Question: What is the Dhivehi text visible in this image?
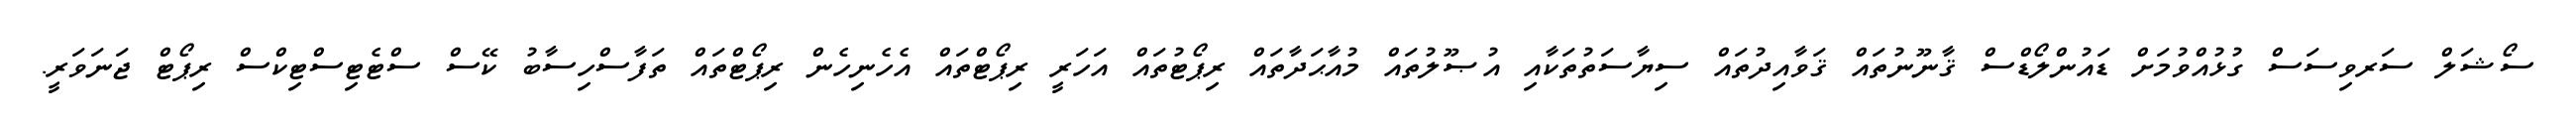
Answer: ސޯޝަލް ސަރވިސަސް ގުޅުއްވުމަށް ޑައުންލޯޑްސް ޤާނޫނުތައް ޤަވާއިދުތައް ސިޔާސަތުތަކާއި އުޞޫލުތައް މުއާޙަދާތައް ރިޕޯޓުތައް އަހަރީ ރިޕޯޓްތައް އެހެނިހެން ރިޕޯޓްތައް ތަފާސްހިސާބު ކޭސް ސްޓެޓިސްޓިކްސް ރިޕޯޓް ޖަނަވަރީ.